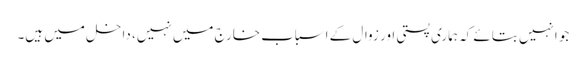
جو انہیں بتائے کہ ہماری پستی اور زوال کے اسباب خارج میں نہیں، داخل میں ہیں۔